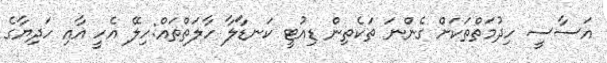
އަސާސީ ހިދުމަތްތަކަށް ގެންނަ ތަކެތިން ޑިއުޓީ ކަނޑާލާ ހާލަތްތައް:ހިލޭ އެހީ އާއި ހަދިޔާގެ